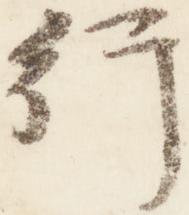
行